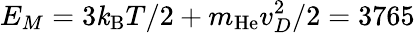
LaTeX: E_{M}=3\mathit{k}_{\mathrm{{B}}}T/2+m_{\mathrm{{He}}}v_{D}^{2}/2=3765